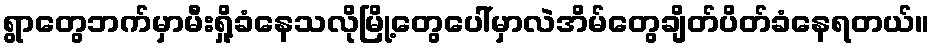
ရွာတွေဘက်မှာမီးရှို့ခံနေသလိုမြို့တွေပေါ်မှာလဲအိမ်တွေချိတ်ပိတ်ခံနေရတယ်။